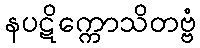
နပဋိက္ကောသိတဗ္ဗံ